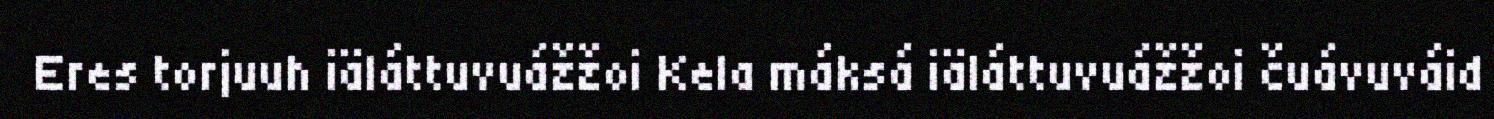
Eres torjuuh iäláttuvuážžoi Kela máksá iäláttuvuážžoi čuávuváid